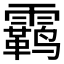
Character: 𫕳